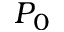
P _ { 0 }